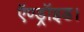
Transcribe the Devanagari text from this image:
ऍण्ड्रॉइड।